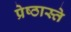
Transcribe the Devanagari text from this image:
प्रेष्ठास्ते